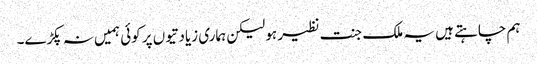
ہم چاہتے ہیں یہ ملک جنت نظیر ہو لیکن ہماری زیادتیوں پر کوئی ہمیں نہ پکڑے۔